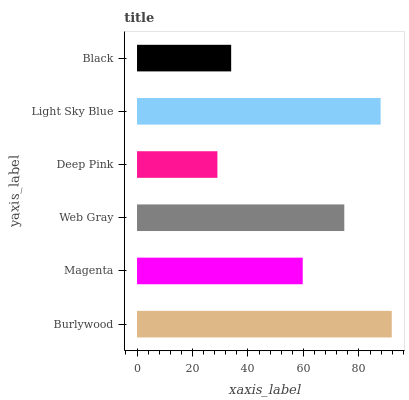
| yaxis_label | bars |
 | --- | --- |
 | Burlywood | 91.8 |
 | Magenta | 59.7 |
 | Web Gray | 74.7 |
 | Deep Pink | 29 |
 | Light Sky Blue | 87.8 |
 | Black | 33.9 |